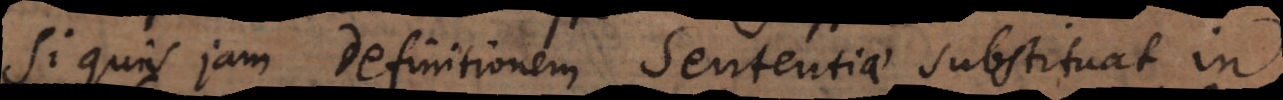
Si quis jam Definitionem Sententiae substituat in